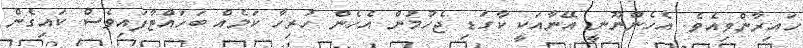
ހައިރާންވިއެވެ. އެހެންނޫނީ އޭނާއަކީ ކާގަޑި ޖެހުމުން އެހެން ހުރިހާ ކަމެއް ބަހައްޓާފައިވެސް ކައިގެން